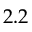
2 . 2